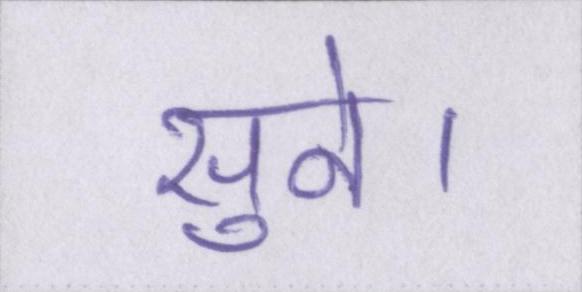
सुने।